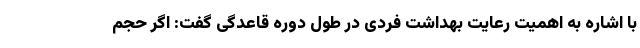
با اشاره به اهمیت رعایت بهداشت فردی در طول دوره قاعدگی گفت: اگر حجم